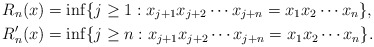
\begin{align*}R_n (x) &=\inf\{j \geq 1 : x_{j+1}x_{j+2}\cdots x_{j+n}=x_1x_2\cdots x_n\},\\R'_n (x) &=\inf\{j \geq n: x_{j+1}x_{j+2}\cdots x_{j+n}=x_1x_2\cdots x_n\}.\end{align*}